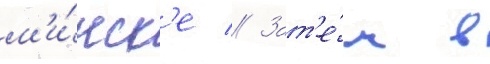
м'и́нск'е // Зат'е́м в